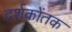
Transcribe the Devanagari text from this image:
दर्शकोंतक